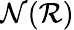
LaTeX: \textstyle{\mathcal{N}}({\mathcal{R}})